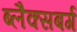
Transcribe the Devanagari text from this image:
ब्लैक्सबर्ग